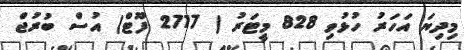
މިދިޔަ އަހަރު ހުޅުވި 828 މީޓަރު ( 2717 ފޫޓް) އުސް ބުރުޖް